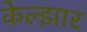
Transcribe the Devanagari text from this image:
केल्झार